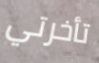
تأخرتي